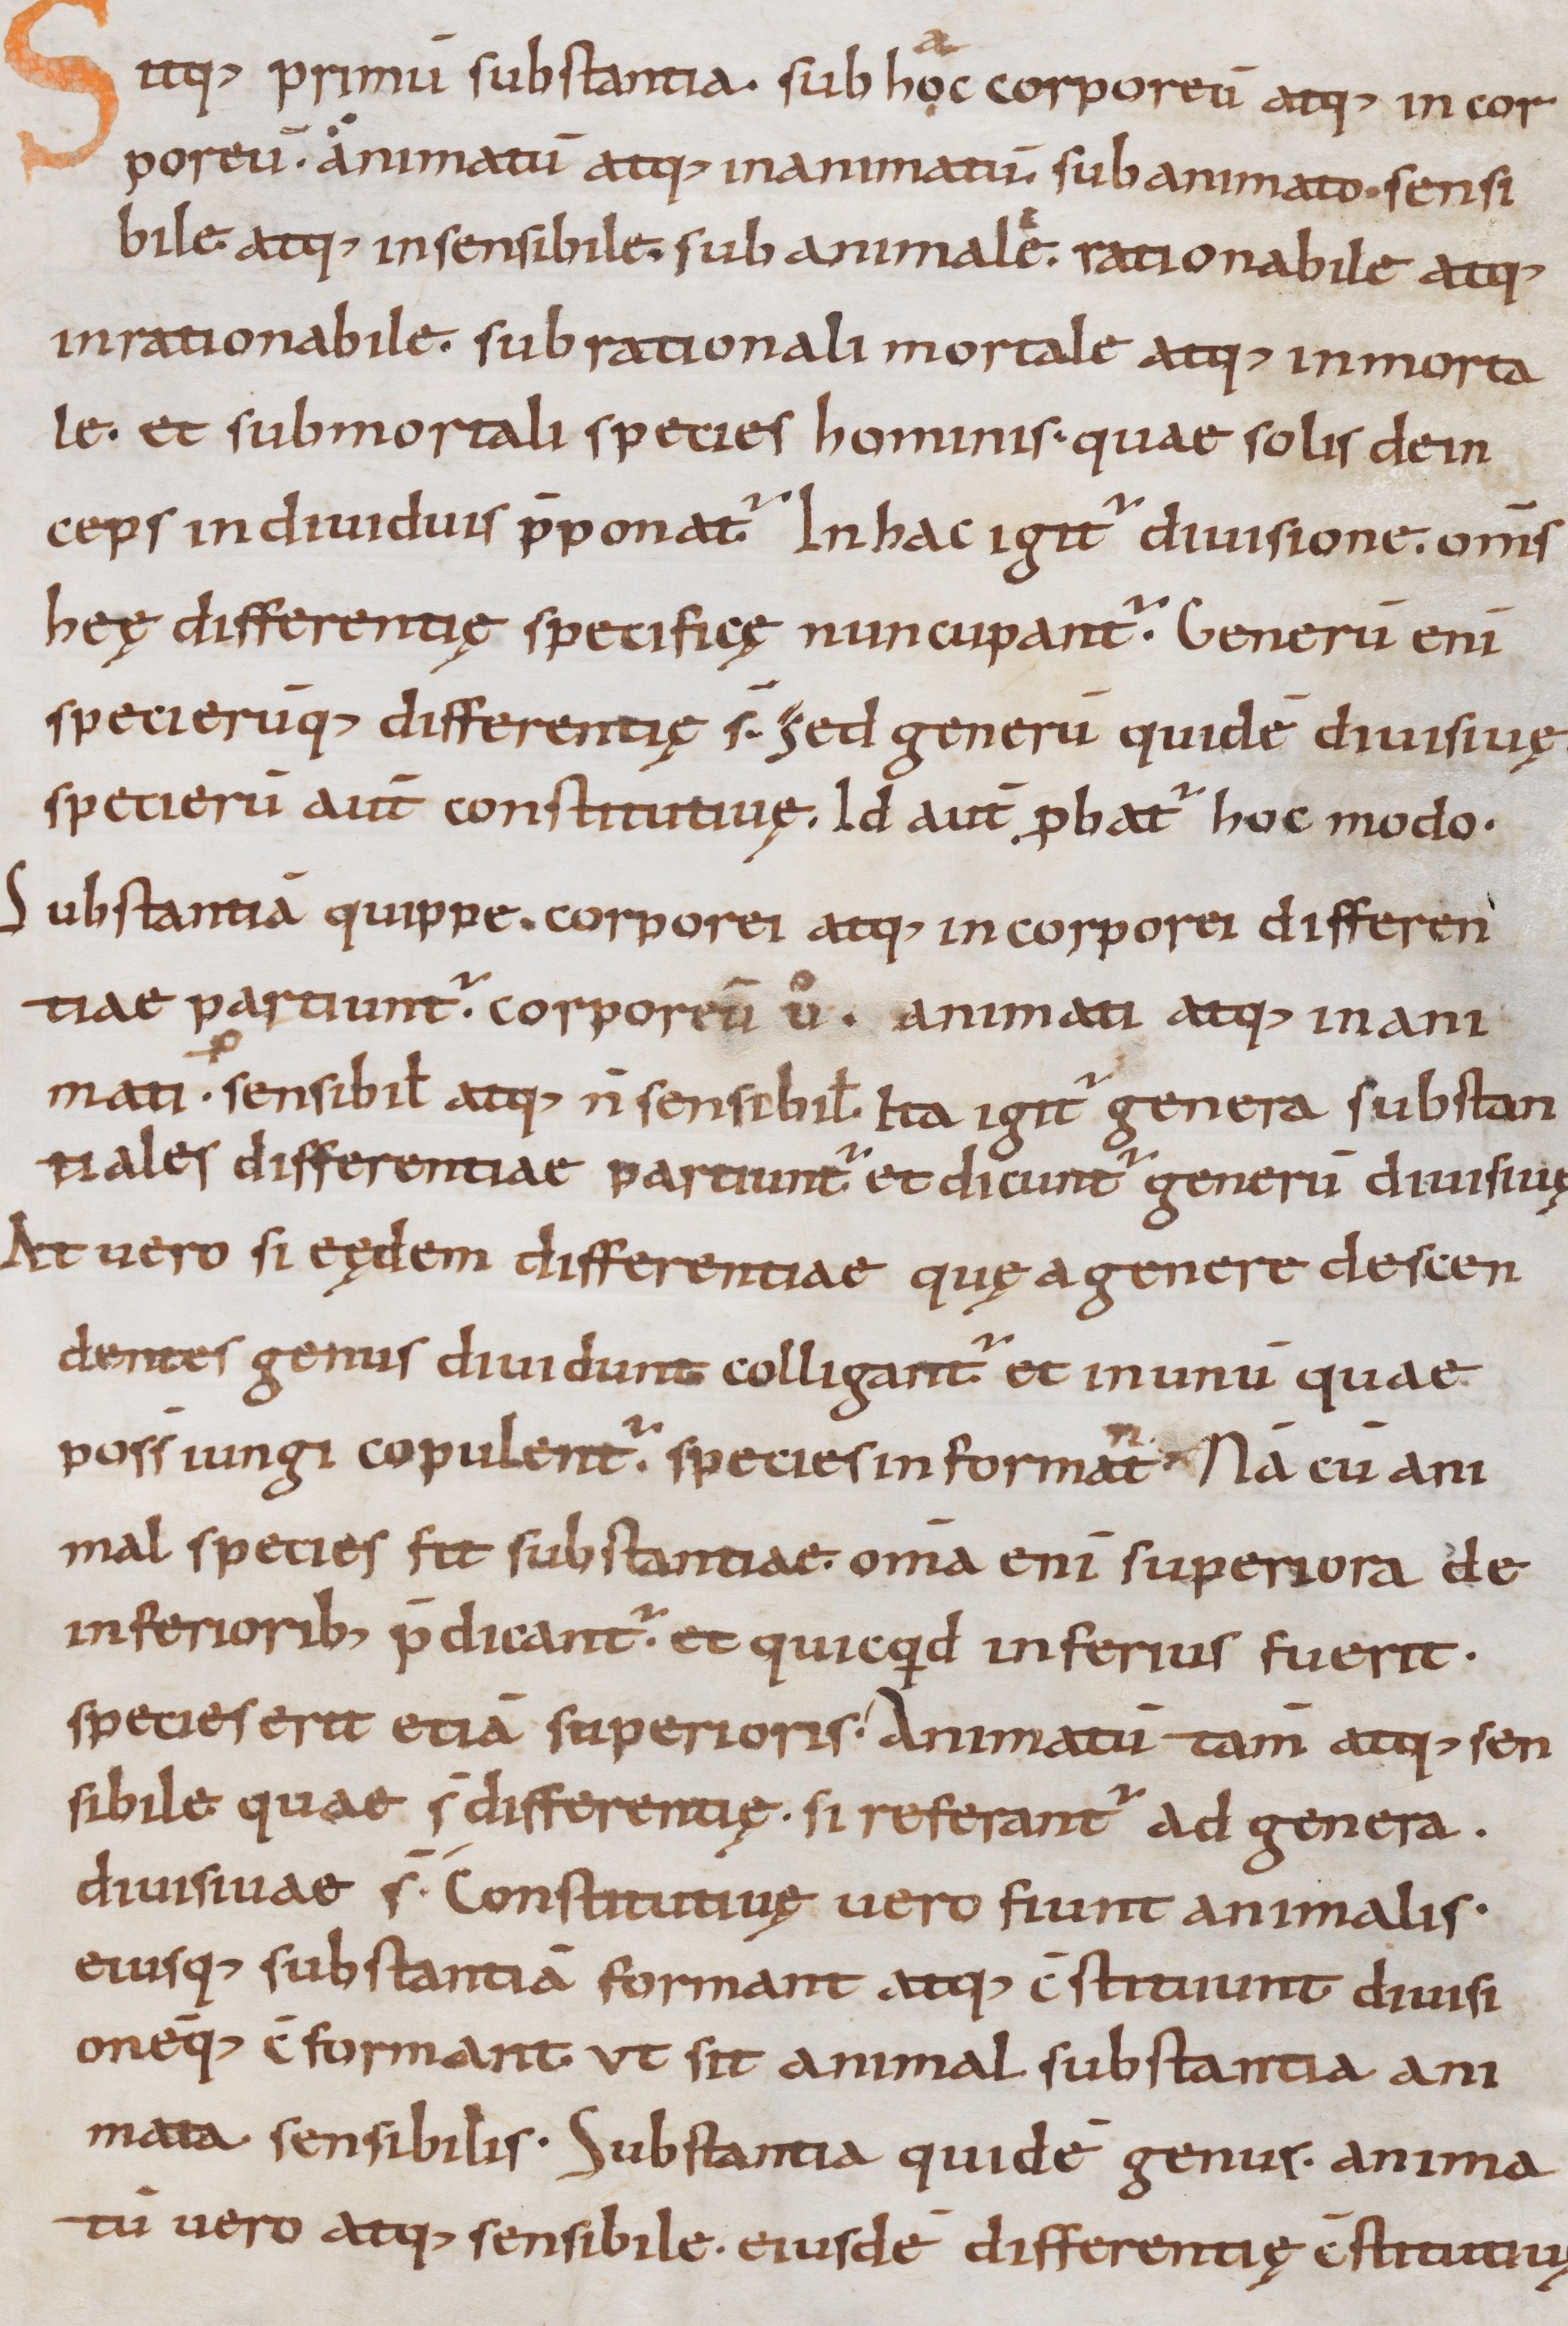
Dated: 900–999